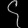
Digit: ၄